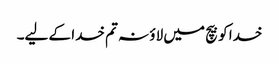
خدا کو بیچ میں لاؤ نہ تم خدا کے لیے۔